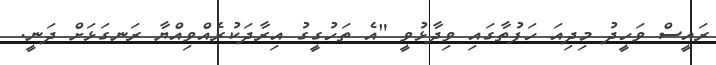
ރައީސް ވަހީދު މިދިއަ ހަފުތާގައި ވިދާޅުވީ "އެ ތަހުގީގު އިރާދަކުރެއްވިއްޔާ ރަނގަޅަށް ދަނީ.